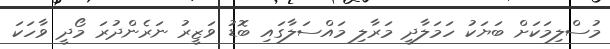
މުސްލިމަކަށް ބަޔަކު ހަމަލާދީ މަރާލި މައްސަލާގައި ބޮޑު ވަޒީރު ނަރެންދުރަ މޯދީ ވާހަކަ